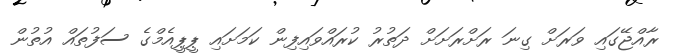
ރާއްޖޭގައި ވަރަށް ގިނަ ރަށްރަަށަށް ދަތުރު ކުރައްވައިފިން ކަމަށައި ޕީޕީއެމްގެ ސަފުތައް އުތުން